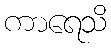
ကာရေသိ